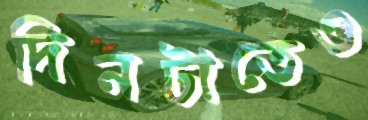
দিনটাতেও